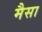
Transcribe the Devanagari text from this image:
मैसा